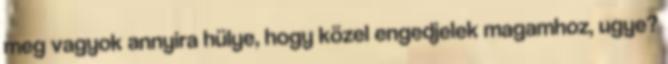
meg vagyok annyira hülye, hogy közel engedjelek magamhoz, ugye?